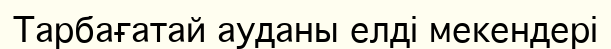
Тарбағатай ауданы елді мекендері